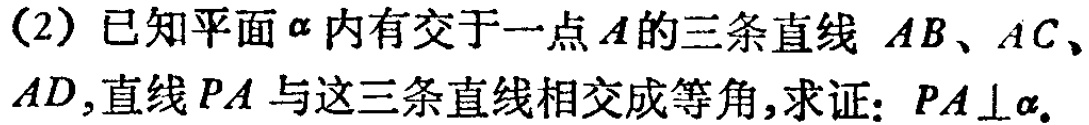
(2) 已知平面\(\alpha\)内有交于一点\(A\)的三条直线 \(AB\)、\(AC\)、\(AD\),直线\(PA\) 与这三条直线相交成等角,求证: \(PA\perp\alpha\).